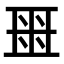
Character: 𬻟